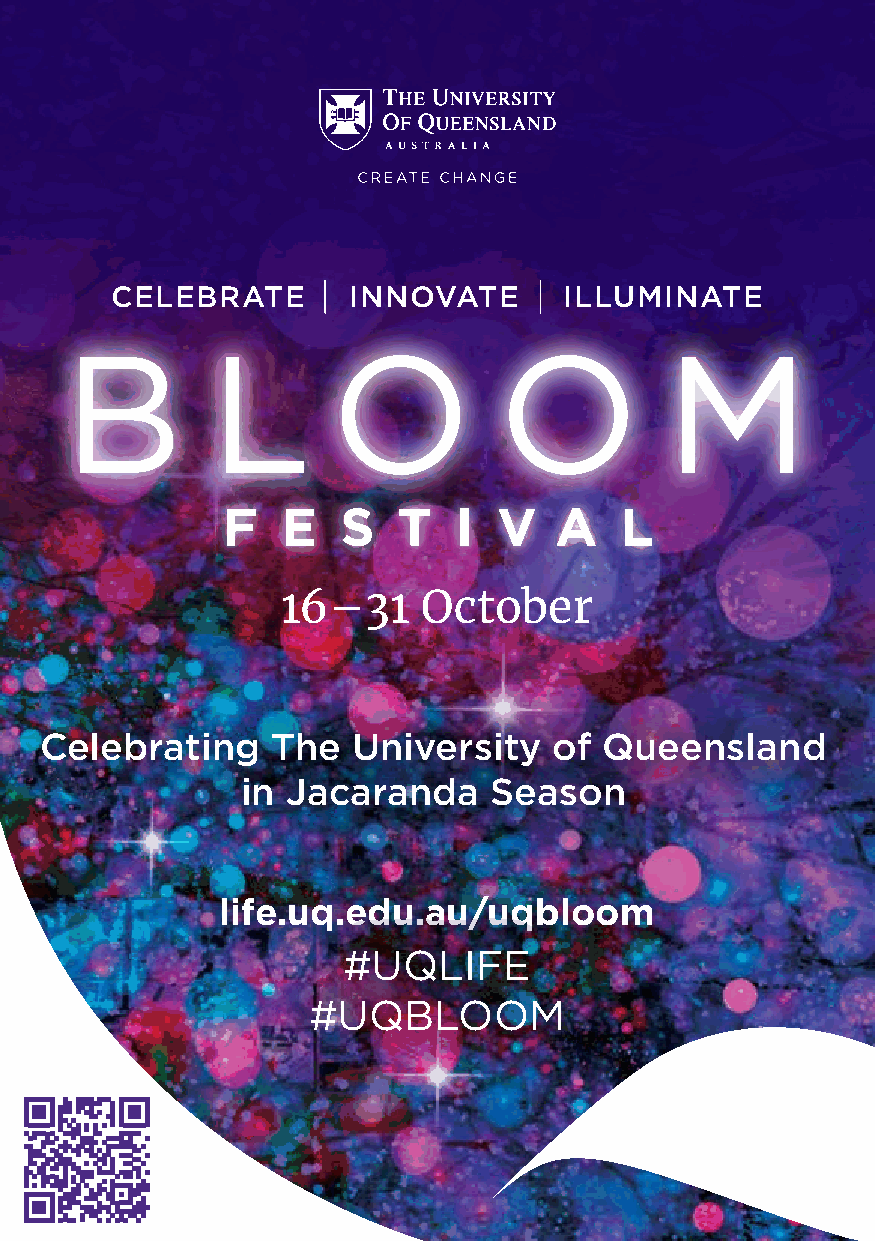
CELEBRATE       INNOVATE      ILLUMINATE
 F   E   S  T   I  V   A   L
 16–31    October
 Celebrating    The  University    of Queensland
 in Jacaranda    Season
 life.uq.edu.au/uqbloom
 #UQLIFE
 #UQBLOOM